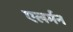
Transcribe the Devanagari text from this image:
एलर्मन